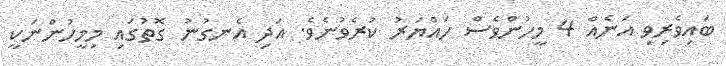
ބައިވެރިވި އަނެއް 4 މީހުންވެސް ހައްޔަރު ކުރެވުނެވެ. އަދި އެނގުނު ގޮތުގައި މިމީހުންނަކީ